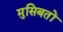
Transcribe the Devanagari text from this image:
मुसिबतों